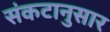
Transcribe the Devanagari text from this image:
संकटानुसार